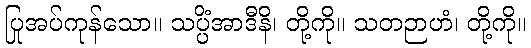
ပြုအပ်ကုန်သော။ သပ္ပိံအာဒီနိ၊ တို့ကို။ သတဉာဟံ၊ တို့ကို။